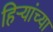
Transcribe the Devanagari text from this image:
हिऱ्यांच्या